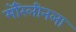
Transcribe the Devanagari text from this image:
मॅरिलीनला